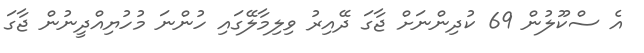
އެ ސްކޫލުން 69 ކުދިންނަށް ޖާގަ ދޭއިރު ވިލިމާލޭގައި ހުންނަ މުހުޔިއްދީނުން ޖާގަ